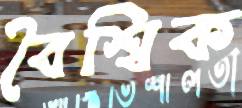
বৈশ্বিক